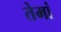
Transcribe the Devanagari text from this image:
तेमां